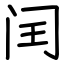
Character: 闰